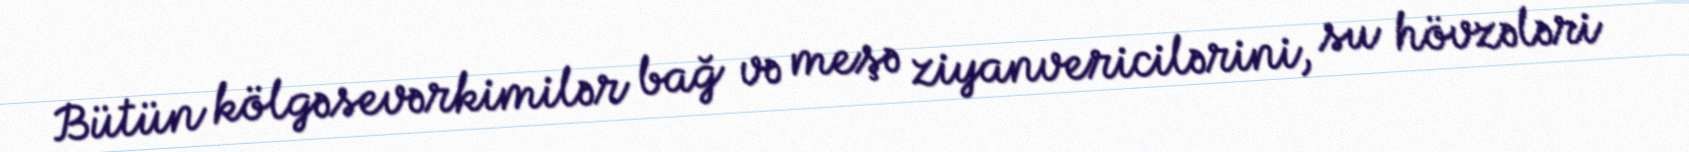
Bütün kölgəsevərkimilər bağ və meşə ziyanvericilərini, su hövzələri